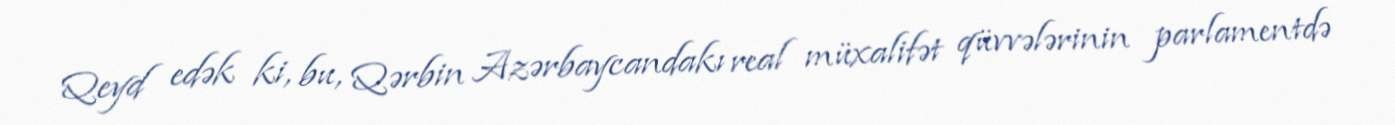
Qeyd edək ki, bu, Qərbin Azərbaycandakı real müxalifət qüvvələrinin parlamentdə